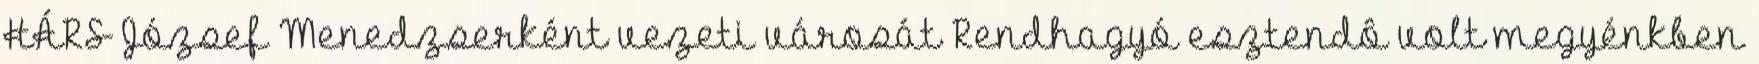
HÁRS József Menedzserként vezeti városát Rendhagyó esztendô volt megyénkben